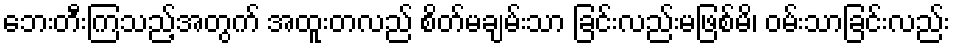
ဘေးတီးကြသည့်အတွက် အထူးတလည် စိတ်မချမ်းသာ ခြင်းလည်းမဖြစ်မိ၊ ဝမ်းသာခြင်းလည်း